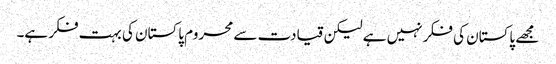
مجھے پاکستان کی فکر نہیں ہے لیکن قیادت سے محروم پاکستان کی بہت فکر ہے۔